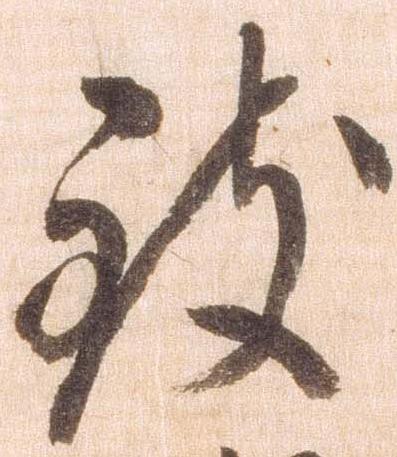
致